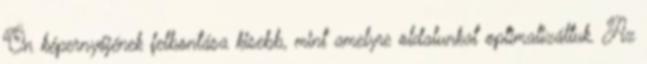
Ön képernyőjének felbontása kisebb, mint amelyre oldalunkat optimalizáltuk. Az